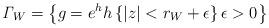
LaTeX: \begin{align*}\mathit{\Gamma}_{W}=\left\{ g=e^{h}h\left\{\left\vert z\right\vert <r_{W}+\epsilon\right\} \epsilon>0\right\} \end{align*}